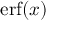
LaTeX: \operatorname { e r f } ( x )